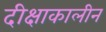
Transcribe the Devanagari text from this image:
दीक्षाकालीन